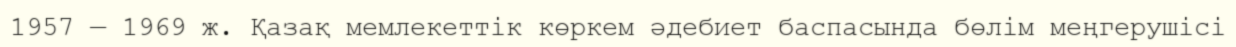
1957 — 1969 ж. Қазақ мемлекеттік көркем әдебиет баспасында бөлім меңгерушісі